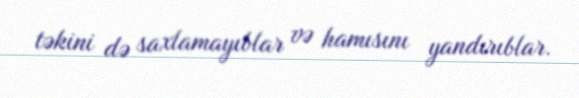
təkini də saxlamayıblar və hamısını yandırıblar.